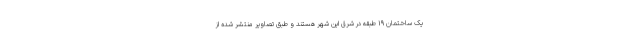
یک ساختمان ۱۹ طبقه در شرق این شهر هستند و طبق تصاویر منتشر شده از